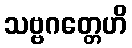
သဗ္ဗဂတ္တေဟိ